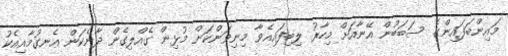
މައިންބަފައިންގެ ސަބަބުން އޭނާއަށް މިހާރު ލިބިފައިއެވާ މިނިވަންކަން މުޅިން ގެއްލިގެން ދާނެކަން އެނގުމާއިއެކު